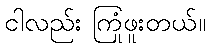
ငါလည်း ကြုံဖူးတယ်။